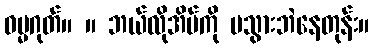
ဓမ္မဂုတ်။ ။ ဘယ်လိုအိမ်ကို မသွားဘဲနေတုန်း။